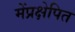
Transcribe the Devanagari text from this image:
मेंप्रक्षेपित